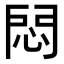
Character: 𢛀